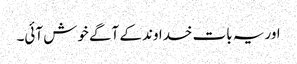
اور یہ بات خداوند کے آگے خوش آئی۔